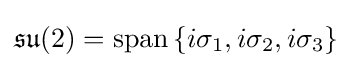
{\mathfrak {su}}(2)=\operatorname {span} \left\{i\sigma _{1},i\sigma _{2},i\sigma _{3}\right\}